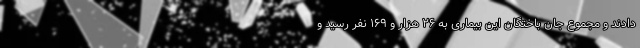
دادند و مجموع جان باختگان این بیماری به ۲۶ هزار و ۱۶۹ نفر رسید و